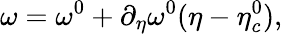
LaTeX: \omega=\omega^{0}+\partial_{\eta}\omega^{0}(\eta-\eta_{c}^{0}),